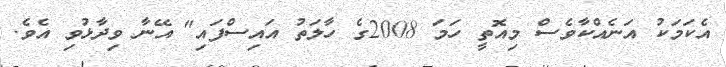
އެކަމަކު އަނެއްކާވެސް މިއޮތީ ހަމަ 2008ގެ ހާލަތު އައިސްފައި" އޭނާ ވިދާޅުވި އެވެ.